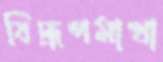
বিদ্রূপমাখা